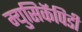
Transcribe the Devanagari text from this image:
म्युसिकॅपिडी